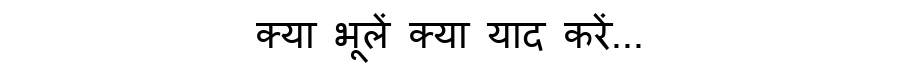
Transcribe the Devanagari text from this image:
क्या भूलें क्या याद करें...